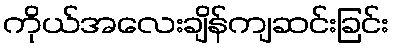
ကိုယ်အလေးချိန်ကျဆင်းခြင်း